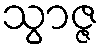
သွာဇ္ဇ